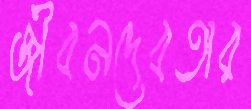
জীবনদেবতার